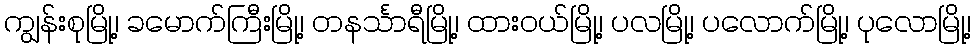
ကျွန်းစုမြို့၊ ခမောက်ကြီးမြို့၊ တနင်္သာရီမြို့၊ ထားဝယ်မြို့၊ ပလမြို့၊ ပလောက်မြို့၊ ပုလောမြို့၊